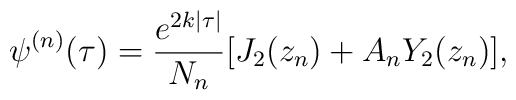
\psi^{(n)}(\tau)=\frac{e^{2k|\tau|}}{N_{n}}[J_{2}(z_{n})+A_{n}Y_{2}(z_{n})],